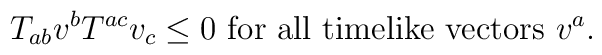
T_{ab} v^b T^{ac} v_c \leq 0 \mbox{~for all timelike vectors~} v^a.